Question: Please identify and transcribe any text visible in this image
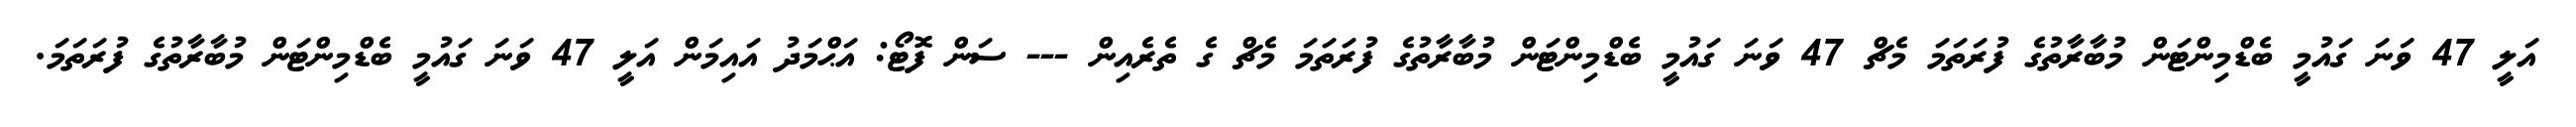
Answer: އަލީ 47 ވަނަ ގައުމީ ބެޑްމިންޓަން މުބާރާތުގެ ފުރަތަމަ މެޗް 47 ވަނަ ގައުމީ ބެޑްމިންޓަން މުބާރާތުގެ ފުރަތަމަ މެޗް ގެ ތެރެއިން --- ސަން ފޮޓޯ: އަޙްމަދު އައިމަން އަލީ 47 ވަނަ ގައުމީ ބެޑްމިންޓަން މުބާރާތުގެ ފުރަތަމަ.